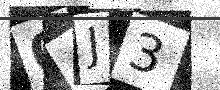
Text: 04J3